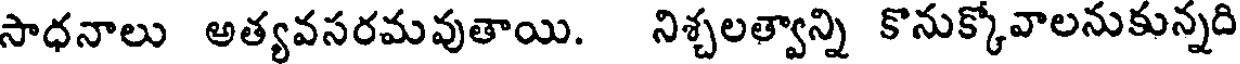
సాధనాలు అత్యవసరమవుతాయి. నిశ్చలత్వాన్ని కొనుక్కోవాలనుకున్నది